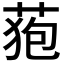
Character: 𮏜